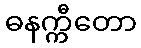
ဓနက္ကီတော